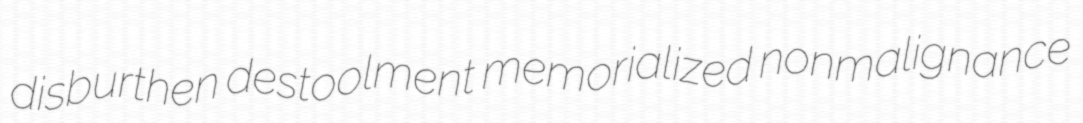
disburthen destoolment memorialized nonmalignance